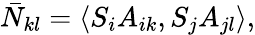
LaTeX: \bar{N}_{kl}=\langle S_{i}A_{ik},S_{j}A_{jl}\rangle,